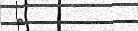
٦